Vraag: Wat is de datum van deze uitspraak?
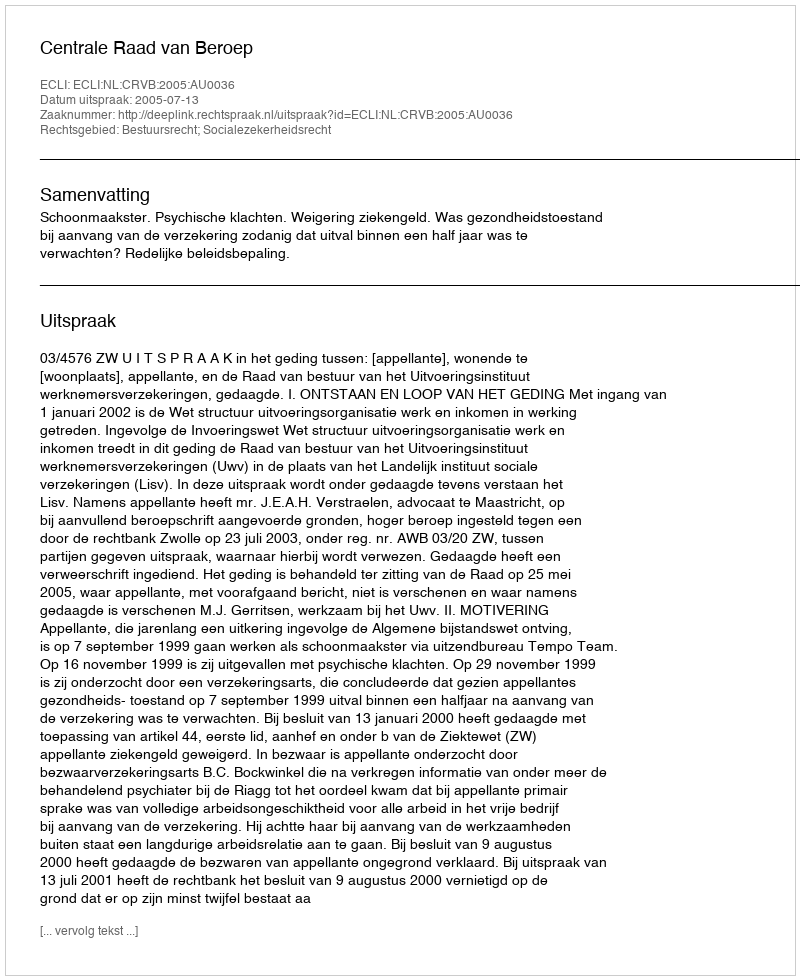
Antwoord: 2005-07-13